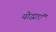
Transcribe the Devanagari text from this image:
योद्धाएं